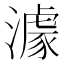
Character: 澽